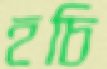
হচি